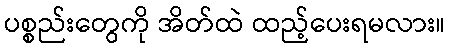
ပစ္စည်းတွေကို အိတ်ထဲ ထည့်ပေးရမလား။